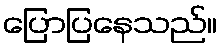
ပြောပြနေသည်။